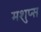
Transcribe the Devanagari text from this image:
मशुप्स